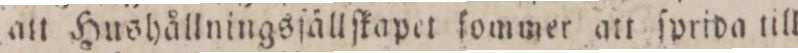
att Hushållningsſällſkapet lommer att ſprida till